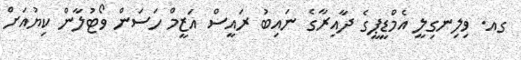
ގއ. ވިލިނގިލީ އެމްޑީޕީގެ ދާއިރާގެ ނައިބު ރައީސް އަޒީމް ހަސަން ވޯޓުލާން ކިޔުއަށް